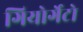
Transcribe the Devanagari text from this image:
गियोर्गेटो